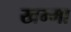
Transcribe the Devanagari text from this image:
खम्मा